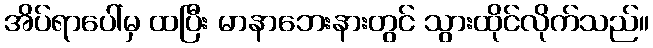
အိပ်ရာပေါ်မှ ထပြီး မာနာဘေးနားတွင် သွားထိုင်လိုက်သည်။